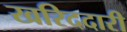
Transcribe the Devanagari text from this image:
खरिददारी